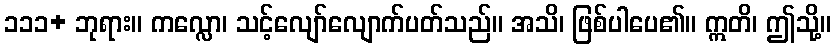
၁၁၁+ ဘုရား။ ကလ္လော၊ သင့်လျော်လျောက်ပတ်သည်။ အသိ၊ ဖြစ်ပါပေ၏။ ဣတိ၊ ဤသို့။